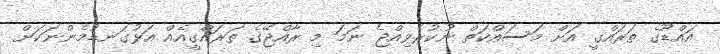
އައްޑޫގެ ތަރައްގީ އަށް މަސައްކަތް ނުކުރެވިއްޖެ ނަމަ މި ރާއްޖޭގެ ތަރައްގީއެއް އަޅުގަނޑުމެންނަކަށް